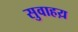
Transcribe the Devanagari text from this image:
सुवाहय़